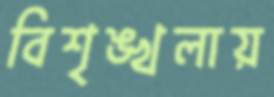
বিশৃঙ্খলায়